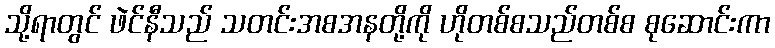
သို့ရာတွင် ဖဲင်နီသည် သတင်းအစအနတို့ကို ဟိုတစ်စသည်တစ်စ စုဆောင်းကာ